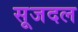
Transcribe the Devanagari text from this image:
सूजदल